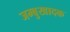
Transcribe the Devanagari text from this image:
जम्बुखादक